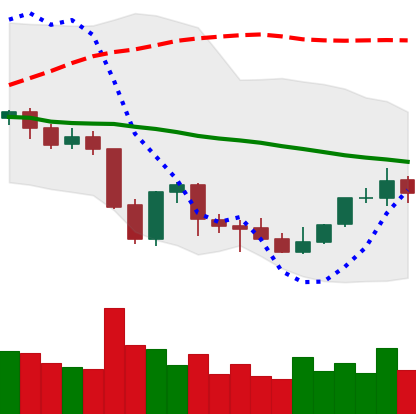
Ticker: NEO-USD
Chart end date: 2021-10-04
Forward return: 12.912%
Label: up_7plus